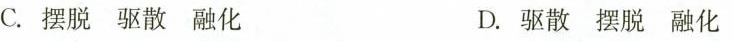
C.摆脱驱散融化 D.驱散摆脱融化